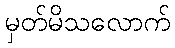
မှတ်မိသလောက်